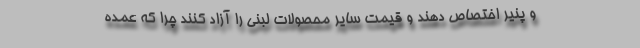
و پنیر اختصاص دهند و قیمت سایر محصولات لبنی را آزاد کنند چرا که عمده